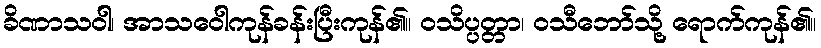
ခိဏာသဝါ၊ အာသဝေါကုန်ခန်းပြီးကုန်၏။ ဝသိပ္ပတ္တာ၊ ဝသီဘော်သို့ ရောက်ကုန်၏။